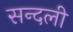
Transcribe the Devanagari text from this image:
सन्दली